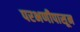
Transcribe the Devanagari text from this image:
परभणीपासून